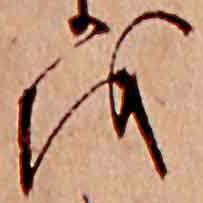
を